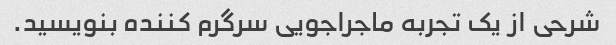
شرحی از یک تجربه ماجراجویی سرگرم کننده بنویسید.